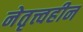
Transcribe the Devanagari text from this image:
नेतृत्त्वहीन